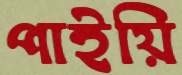
পাইয়ি